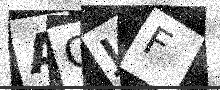
Text: AQJF